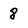
Character: 8